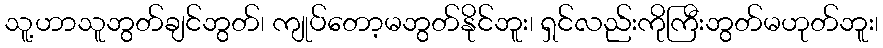
သူ့ဟာသူဘွတ်ချင်ဘွတ်၊ ကျုပ်တော့မဘွတ်နိုင်ဘူး၊ ရှင်လည်းကိုကြီးဘွတ်မဟုတ်ဘူး၊